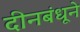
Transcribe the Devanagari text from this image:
दीनबंधूने